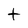
Character: t